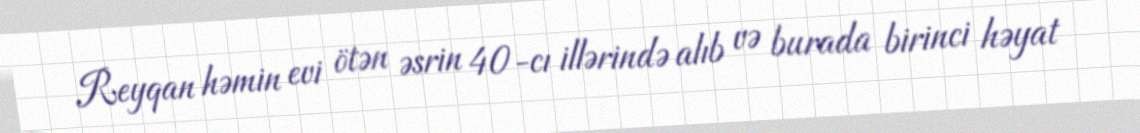
Reyqan həmin evi ötən əsrin 40-cı illərində alıb və burada birinci həyat